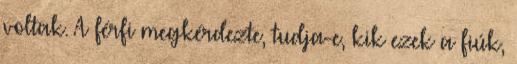
voltak. A férfi megkérdezte, tudja-e, kik ezek a fiúk,